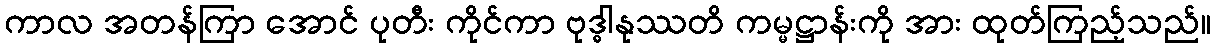
ကာလ အတန်ကြာ အောင် ပုတီး ကိုင်ကာ ဗုဒ္ဓါနုဿတိ ကမ္မဋ္ဌာန်းကို အား ထုတ်ကြည့်သည်။